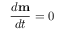
\frac { d { \bf m } } { d t } = 0